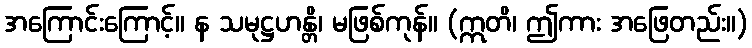
အကြောင်းကြောင့်။ န သမုဋ္ဌဟန္တိ၊ မဖြစ်ကုန်။ (ဣတိ၊ ဤကား အဖြေတည်း။)